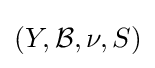
(Y,{\mathcal {B}},\nu ,S)